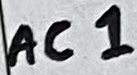
Text: AC1